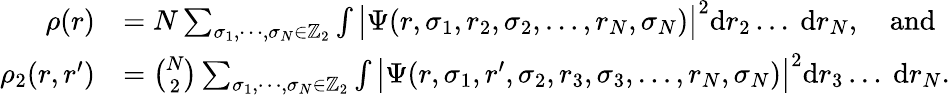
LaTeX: \begin{array}{rl}{\rho(r)}&{=N\sum_{\sigma_{1},\cdots,\sigma_{N}\in\mathbb{Z}_{2}}\int\big|\Psi(r,\sigma_{1},r_{2},\sigma_{2},\dots,r_{N},\sigma_{N})\big|^{2}\mathrm{d}r_{2}\dots~\mathrm{d}r_{N},\quad\mathrm{and}}\\ {\rho_{2}(r,r^{\prime})}&{=\binom{N}{2}\sum_{\sigma_{1},\cdots,\sigma_{N}\in\mathbb{Z}_{2}}\int\big|\Psi(r,\sigma_{1},r^{\prime},\sigma_{2},r_{3},\sigma_{3},\dots,r_{N},\sigma_{N})\big|^{2}\mathrm{d}r_{3}\dots~\mathrm{d}r_{N}.}\end{array}